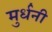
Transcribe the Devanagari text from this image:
मुर्धनी